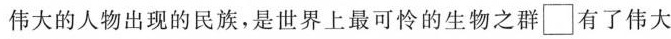
伟大的人物出现的民族，是世界上最可怜的生物之群\Box 有了伟大